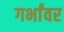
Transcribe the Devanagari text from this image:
गर्भांवर